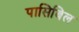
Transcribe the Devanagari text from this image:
पासिबिल